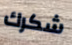
شكرك